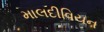
માલદીવિયન